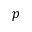
p